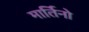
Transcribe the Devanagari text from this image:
मार्तिनो